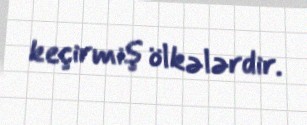
keçirmiş ölkələrdir.